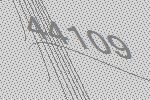
44109